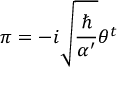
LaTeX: \pi = - i \sqrt { \frac { \hbar } { \alpha ^ { \prime } } } \theta ^ { t }